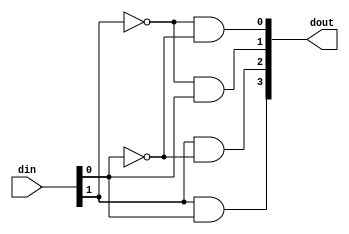
module decoder (din, dout);

input [1:0] din;
output [3:0] dout;

assign dout[0] = ~din[1] & ~din[0]; //00
assign dout[1] = ~din[1] & din[0]; //01
assign dout[2] = din[1] & ~din[0]; //10
assign dout[3] = din[1] & din[0]; // 11

endmodule